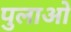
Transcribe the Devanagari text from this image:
पुलाओ